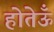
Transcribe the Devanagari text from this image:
होतेऊँ